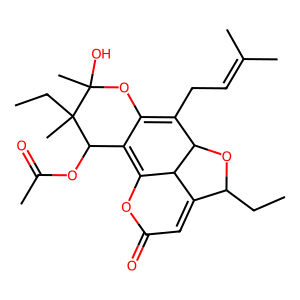
SMILES: CCC1OC2C(CC=C(C)C)=C3OC(C)(O)C(C)(CC)C(OC(C)=O)C3=C3OC(=O)C=C1C32
Inhibits HIV replication: No